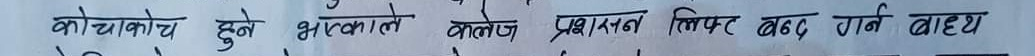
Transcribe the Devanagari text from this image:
कोचकोच हुने भएकाले कलेज प्रशासन लिफ्ट बन्द गर्न बाध्य